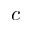
c